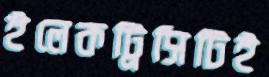
ইলেকট্রিসিটিই